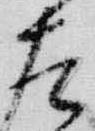
左